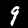
Label: 9